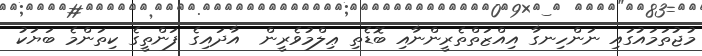
މުޖުތަމައުގައި ނަންހިނގާ އިއްޒަތްތެރީންނާއި ބޮޑެތި ޢިލްމުވެރީން  އާދައިގެ ފަންތީގެ ކިތަންމެ ބަޔަކު